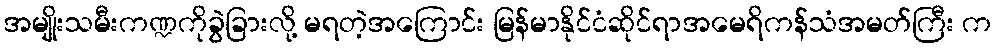
အမျိုးသမီးကဏ္ဍကိုခွဲခြားလို့ မရတဲ့အကြောင်း မြန်မာနိုင်ငံဆိုင်ရာအမေရိကန်သံအမတ်ကြီး က